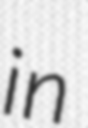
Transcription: in